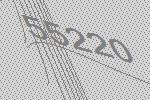
55220